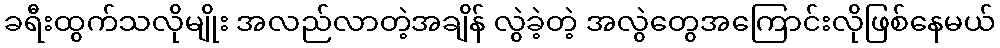
ခရီးထွက်သလိုမျိုး အလည်လာတဲ့အချိန် လွဲခဲ့တဲ့ အလွဲတွေအကြောင်းလိုဖြစ်နေမယ်